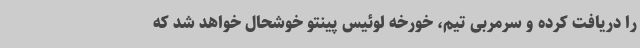
را دریافت کرده و سرمربی تیم، خورخه لوئیس پینتو خوشحال خواهد شد که